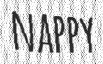
NAPPY